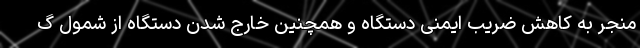
منجر به کاهش ضریب ایمنی دستگاه و همچنین خارج شدن دستگاه از شمول گ